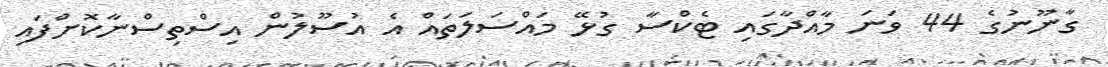
ގާނޫނުގެ 44 ވަނަ މާއްދާގައި ޓެކްސާ ގުޅޭ މައްސަލަތައް އެ އުސޫލުން އިސްތިސްނާކޮށްފައި